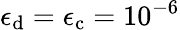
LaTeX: \epsilon_{\mathrm{d}}=\epsilon_{\mathrm{c}}=10^{-6}